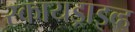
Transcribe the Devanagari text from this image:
स्कायड्राइव्ह